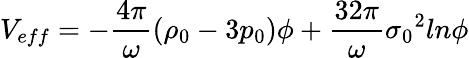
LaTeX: V_{eff}=-\frac{4{\pi}}{\omega}({\rho}_{0}-3p_{0}){\phi}+\frac{32{\pi}}{\omega}{{\sigma}_{0}}^{2}ln{\phi}